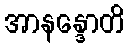
အာနန္ဒောတိ